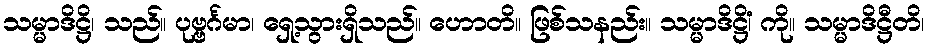
သမ္မာဒိဋ္ဌိ၊ သည်။ ပုဗ္ဗင်္ဂမာ၊ ရှေ့သွားရှိသည်။ ဟောတိ။ ဖြစ်သနည်း။ သမ္မာဒိဋ္ဌိံ၊ ကို။ သမ္မာဒိဋ္ဌီတိ၊